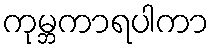
ကုမ္ဘကာရပါကာ